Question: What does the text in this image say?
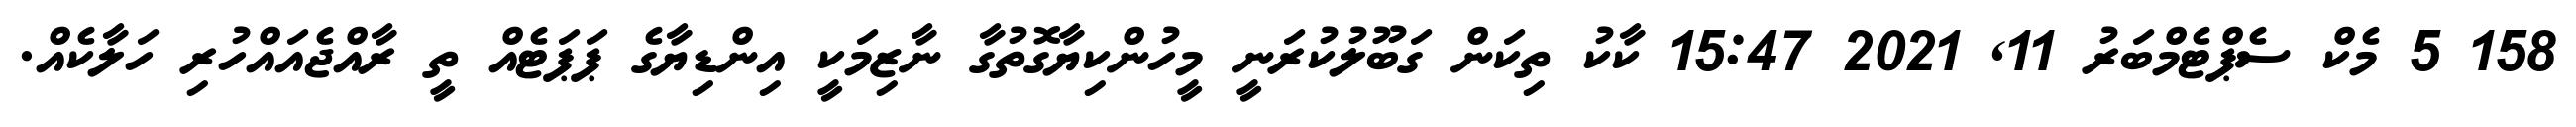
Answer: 158 5 މެކް ސެޕްޓެމްބަރު 11, 2021 15:47 ކާކު ތިކަން ގަބޫލުކުރަނީ މީހުންކިޔާގޮތުގާ ނާޒިމަކީ އިންޑިޔާގެ ޕަޕަޓެއް ތީ ރާއްޖެއައްހުރި ހަލާކެއް.